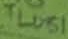
Text: TL081